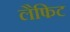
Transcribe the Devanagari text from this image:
लैफिट